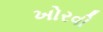
ખોરવી